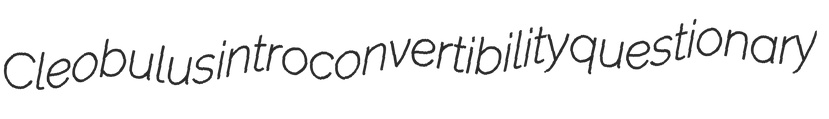
Cleobulus introconvertibility questionary